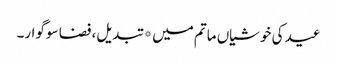
عید کی خوشیاں ماتم میں* تبدیل، فضا سوگوار۔